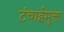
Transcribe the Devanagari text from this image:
टंचाईमुक्त